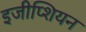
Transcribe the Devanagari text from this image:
इजीप्शियन